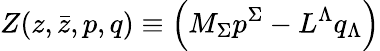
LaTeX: Z(z,\bar{z},{p},{q})\equiv\left(M_{\Sigma}{p}^{\Sigma}-L^{\Lambda}{q}_{\Lambda}\right)